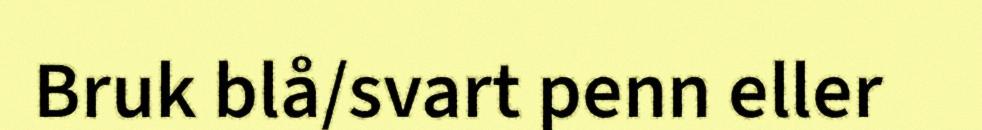
Bruk blå/svart penn eller